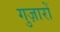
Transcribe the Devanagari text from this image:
गुज़ारों